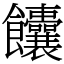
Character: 饢